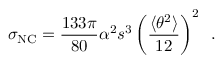
\sigma _ { \mathrm { N C } } = \frac { 1 3 3 \pi } { 8 0 } \alpha ^ { 2 } s ^ { 3 } \left( \frac { \langle \theta ^ { 2 } \rangle } { 1 2 } \right) ^ { 2 } \, \, \, .